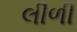
લીળી